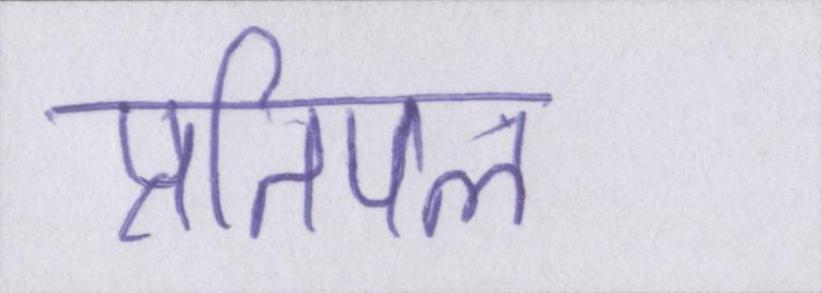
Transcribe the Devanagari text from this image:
प्रतिपल